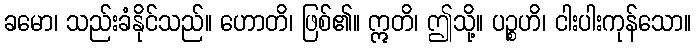
ခမော၊ သည်းခံနိုင်သည်။ ဟောတိ၊ ဖြစ်၏။ ဣတိ၊ ဤသို့။ ပဉ္စဟိ၊ ငါးပါးကုန်သော။